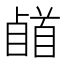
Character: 𩠥